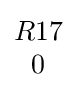
{\begin{matrix}R17\\0\end{matrix}}